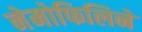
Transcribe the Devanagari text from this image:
नेमोफिलिने